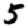
Digit: 5